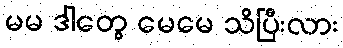
မမ ဒါတွေ မေမေ သိပြီးလား